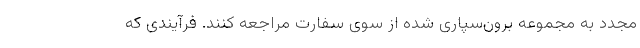
مجدد به مجموعه برون‌سپاری شده از سوی سفارت مراجعه کنند. فرآیندی که